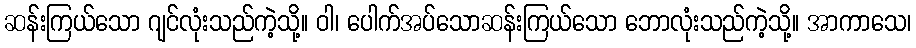
ဆန်းကြယ်သော ဂျင်လုံးသည်ကဲ့သို့။ ဝါ၊ ပေါက်အပ်သောဆန်းကြယ်သော ဘောလုံးသည်ကဲ့သို့။ အာကာသေ၊